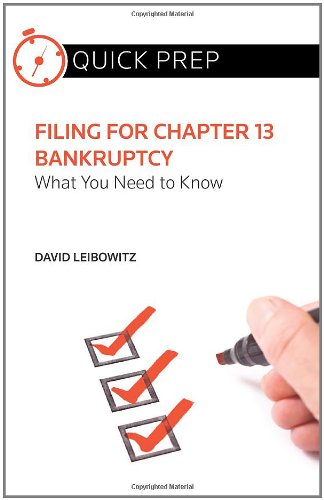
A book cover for Filing for Chapter 13 Bankruptcy: What You Need to Know (Quick Prep); David Leibowitz; Law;